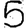
Digit: 5